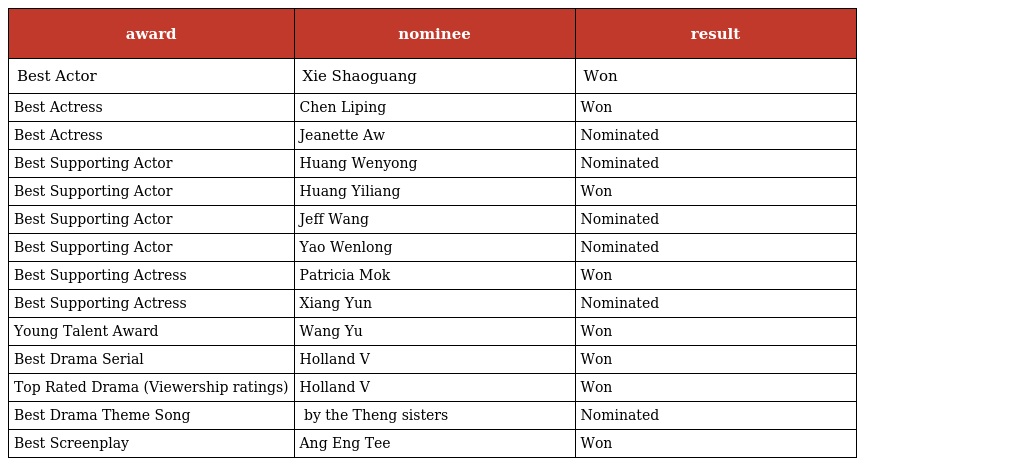
| award | nominee | result |
 | --- | --- | --- |
 | Best Actor | Xie Shaoguang | Won |
 | Best Actress | Chen Liping | Won |
 | Best Actress | Jeanette Aw | Nominated |
 | Best Supporting Actor | Huang Wenyong | Nominated |
 | Best Supporting Actor | Huang Yiliang | Won |
 | Best Supporting Actor | Jeff Wang | Nominated |
 | Best Supporting Actor | Yao Wenlong | Nominated |
 | Best Supporting Actress | Patricia Mok | Won |
 | Best Supporting Actress | Xiang Yun | Nominated |
 | Young Talent Award | Wang Yu | Won |
 | Best Drama Serial | Holland V | Won |
 | Top Rated Drama (Viewership ratings) | Holland V | Won |
 | Best Drama Theme Song | 快乐密码 by the Theng sisters | Nominated |
 | Best Screenplay | Ang Eng Tee | Won |